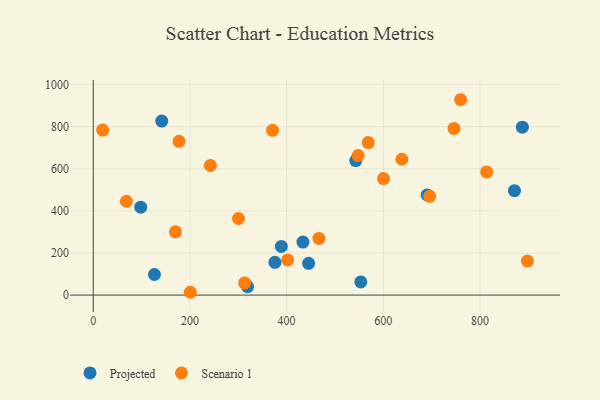
{"axis": {"x": "Price", "y": "Rating"}, "legend": ["Projected", "Scenario 1"], "data": [{"x": "445.5", "y": 150.5, "type": "Projected"}, {"x": "319.2", "y": 40.5, "type": "Projected"}, {"x": "690.8", "y": 475.6, "type": "Projected"}, {"x": "871.4", "y": 495.8, "type": "Projected"}, {"x": "375.8", "y": 155.3, "type": "Projected"}, {"x": "98.2", "y": 417.3, "type": "Projected"}, {"x": "543.1", "y": 638.4, "type": "Projected"}, {"x": "126.6", "y": 97.7, "type": "Projected"}, {"x": "887.7", "y": 797.0, "type": "Projected"}, {"x": "389.1", "y": 231.2, "type": "Projected"}, {"x": "553.5", "y": 62.2, "type": "Projected"}, {"x": "141.7", "y": 826.0, "type": "Projected"}, {"x": "433.8", "y": 251.7, "type": "Projected"}, {"x": "568.9", "y": 723.8, "type": "Scenario 1"}, {"x": "68.5", "y": 445.5, "type": "Scenario 1"}, {"x": "466.9", "y": 269.0, "type": "Scenario 1"}, {"x": "638.5", "y": 644.8, "type": "Scenario 1"}, {"x": "170.0", "y": 300.2, "type": "Scenario 1"}, {"x": "242.3", "y": 615.4, "type": "Scenario 1"}, {"x": "19.4", "y": 783.4, "type": "Scenario 1"}, {"x": "600.5", "y": 553.3, "type": "Scenario 1"}, {"x": "370.9", "y": 782.2, "type": "Scenario 1"}, {"x": "760.0", "y": 927.4, "type": "Scenario 1"}, {"x": "813.8", "y": 584.8, "type": "Scenario 1"}, {"x": "746.3", "y": 791.1, "type": "Scenario 1"}, {"x": "313.2", "y": 57.8, "type": "Scenario 1"}, {"x": "200.8", "y": 13.3, "type": "Scenario 1"}, {"x": "696.0", "y": 469.0, "type": "Scenario 1"}, {"x": "177.4", "y": 729.8, "type": "Scenario 1"}, {"x": "898.1", "y": 161.3, "type": "Scenario 1"}, {"x": "548.0", "y": 662.3, "type": "Scenario 1"}, {"x": "402.2", "y": 166.8, "type": "Scenario 1"}, {"x": "300.5", "y": 363.6, "type": "Scenario 1"}]}